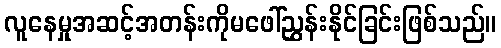
လူနေမှုအဆင့်အတန်းကိုမဖေါ်ညွှန်းနိုင်ခြင်းဖြစ်သည်။